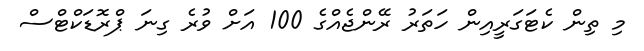
މި ތިން ކެޓަގަރީއިން ހަތަރު ރޭންޖެއްގެ 100 އަށް ވުރެ ގިނަ ޕްރޮޑަކްޓްސް